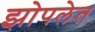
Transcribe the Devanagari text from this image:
झोपलेत